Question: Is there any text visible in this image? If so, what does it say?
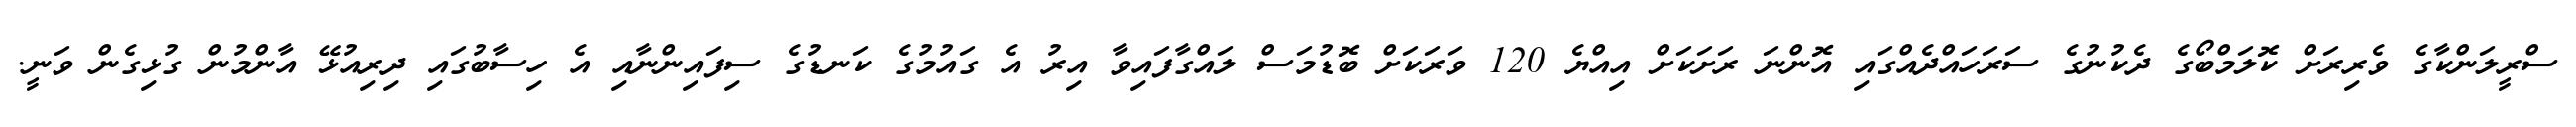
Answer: ސްރީލަންކާގެ ވެރިރަށް ކޮލަމްބޯގެ ދެކުނުގެ ސަރަހައްދެއްގައި އޮންނަ ރަށަކަށް އިއްޔެ 120 ވަރަކަށް ބޮޑުމަސް ލައްގާފައިވާ އިރު އެ ގައުމުގެ ކަނޑުގެ ސިފައިންނާއި އެ ހިސާބުގައި ދިރިއުޅޭ އާންމުން ގުޅިގެން ވަނީ.